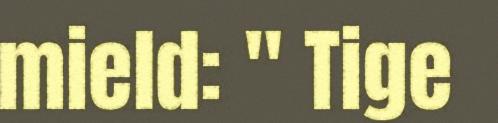
mield: " Tige